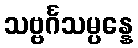
သဗ္ဗင်္ဂသမ္ပန္နေ